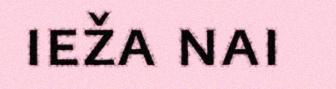
ieža nai